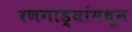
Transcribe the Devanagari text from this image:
रणगाड्यांमधून